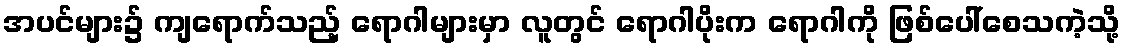
အပင်များ၌ ကျရောက်သည့် ရောဂါများမှာ လူတွင် ရောဂါပိုးက ရောဂါကို ဖြစ်ပေါ်စေသကဲ့သို့